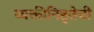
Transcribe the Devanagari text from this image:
व्यक्तीनिष्ठ्तेची